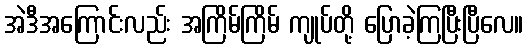
အဲဒီအကြောင်းလည်း အကြိမ်ကြိမ် ကျုပ်တို့ ပြောခဲ့ကြပြီးပြီလေ။